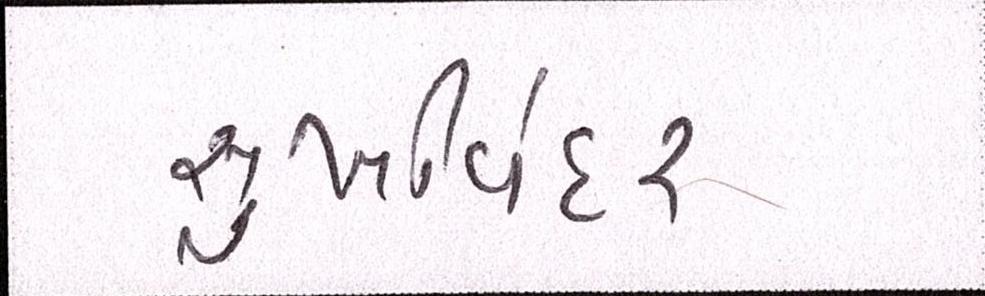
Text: સુખવિંદર